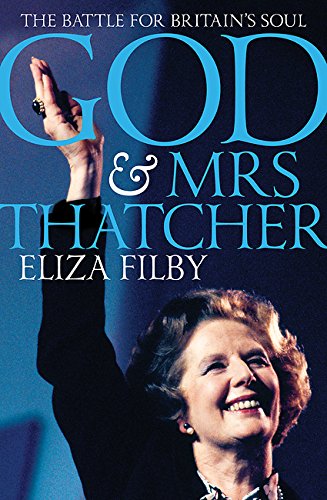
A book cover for God and Mrs Thatcher: The Battle for Britain's Soul; Eliza Filby; Christian Books & Bibles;